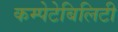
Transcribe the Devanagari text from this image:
कम्पेटेबिलिटी